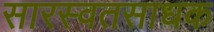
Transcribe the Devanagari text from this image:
सारस्वतसाधक